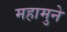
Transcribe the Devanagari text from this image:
महामुने